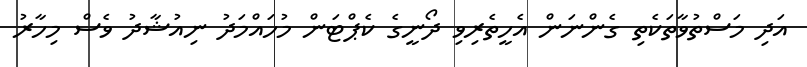
އަދި މަސްތުވާތަކެތި ގެންނަން އެހީތެރިވި ދޯނީގެ ކެޕްޓަން މުހައްމަދު ނިއުޝާދު ވެސް މިހާރު